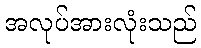
အလုပ်အားလုံးသည်